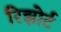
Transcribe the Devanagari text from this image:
रिझोर्ट